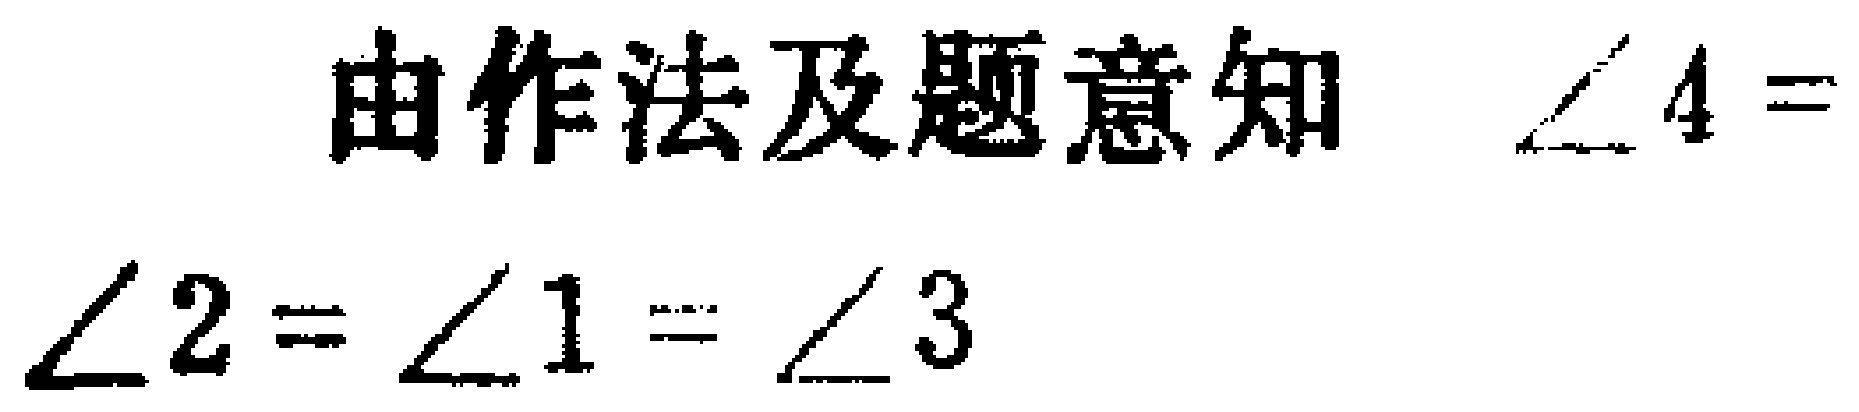
由作法及题意知 $\angle 4 = \angle 2 = \angle 1 = \angle 3$